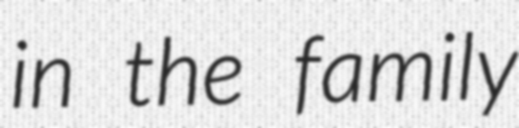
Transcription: in the family